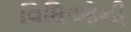
વિધિઓની